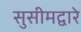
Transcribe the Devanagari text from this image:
सुसीमद्वारे